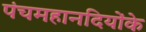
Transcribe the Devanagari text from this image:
पंचमहानदियोंके